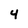
Character: 4